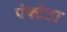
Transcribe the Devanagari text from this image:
पंक्टेटा